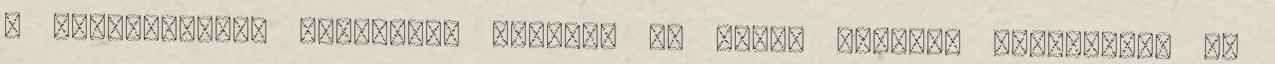
a mammográfiai vizsgálat sokszor ad hamis pozitív eredményt. Ez